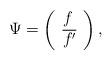
LaTeX: \begin{align*}\Psi =\left(\begin{array}{l}f \\\overline{f^{\prime }}\end{array}\right) ,\end{align*}